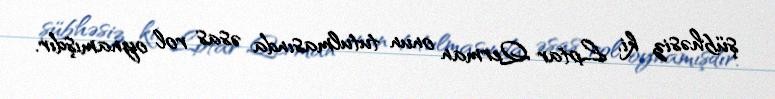
şübhəsiz ki, Lotar Qerman onun tutulmasında əsas rol oynamışdır.